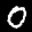
Label: 0